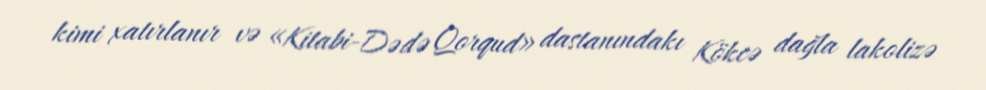
kimi xatırlanır və «Kitabi-Dədə Qorqud» dastanındakı Kökcə dağla lakolizə